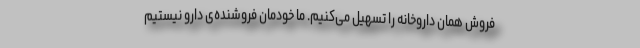
فروش همان داروخانه را تسهیل می‌کنیم. ما خودمان فروشنده‌ی دارو نیستیم